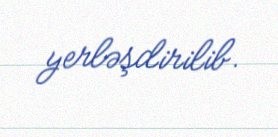
yerləşdirilib.